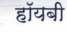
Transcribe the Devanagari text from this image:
हॉयबी